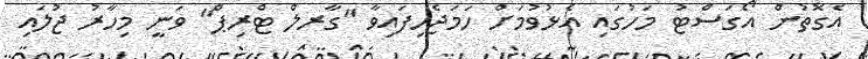
އެގޮތުން އޯގަސްޓު މަހުގައި އެޅުވުމަށް ހަމަޖެހިފައިވާ "ގާރލް ޓްރިޕް" ވަނީ މިހާރު ޖުލައި